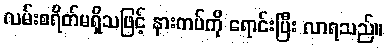
လမ်းစရိတ်မရှိသဖြင့် နားကပ်ကို ရောင်းပြီး လာရသည်။